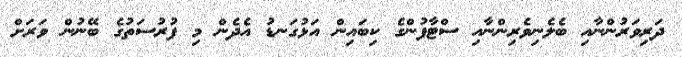
ދަރިވަރުންނާއި ބެލެނިވެރިންނާއި ސްޓާފުންގެ ކިބައިން އަޅުގަނޑު އެދެން މި ފުރުސަތުގެ ބޭނުން ވަރަށް